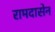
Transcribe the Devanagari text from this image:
रामदासेन